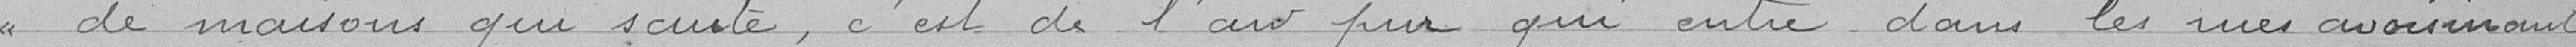
de maisons qui saute, c'est de l'air pur qui entre dans les rues avoisinantes,